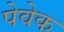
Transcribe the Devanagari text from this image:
पेवेक